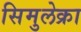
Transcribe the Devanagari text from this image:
सिमुलेक्रा